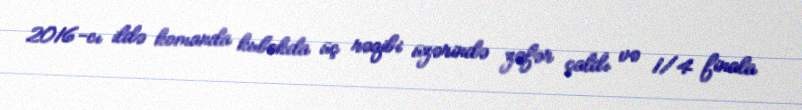
2016-cı ildə komanda kubokda üç rəqibi üzərində zəfər çaldı və 1/4 finala